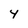
Character: 4